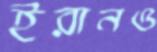
ইরানও